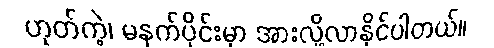
ဟုတ်ကဲ့၊ မနက်ပိုင်းမှာ အားလို့လာနိုင်ပါတယ်။